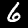
Digit: 6